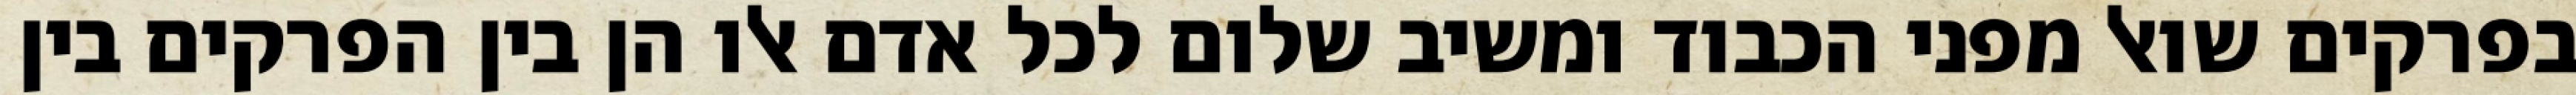
בפרקים שואל מפני הכבוד ומשיב שלום לכל אדם אלו הן בין הפרקים בין